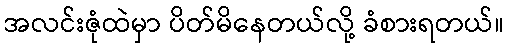
အလင်းဇုံထဲမှာ ပိတ်မိနေတယ်လို့ ခံစားရတယ်။